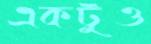
একটুও